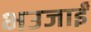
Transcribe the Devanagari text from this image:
भउजाईं